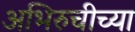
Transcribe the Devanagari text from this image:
अभिरुचीच्या